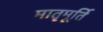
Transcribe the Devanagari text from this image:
मातृमूर्ति